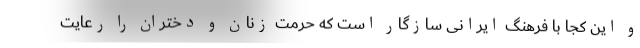
و این کجا با فرهنگ ایرانی سازگار است که حرمت زنان و دختران را رعایت